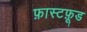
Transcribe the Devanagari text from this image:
फ़ास्टफ़ूड